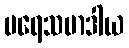
ပရေသမာဒါယ